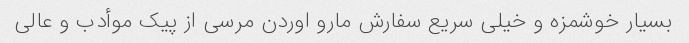
بسیار خوشمزه و خیلی سریع سفارش مارو اوردن مرسی از پیک موأدب و عالی